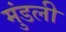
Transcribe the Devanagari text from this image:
मुंडली